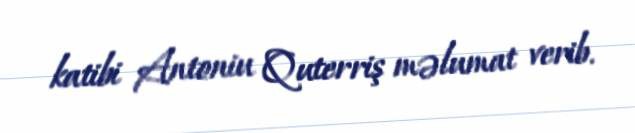
katibi Antoniu Quterriş məlumat verib.